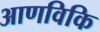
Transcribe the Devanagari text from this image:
आणविकि